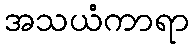
အသယံကာရာ